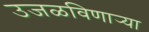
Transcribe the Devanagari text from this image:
उजळविणार्‍या